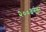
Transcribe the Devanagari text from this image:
२००३नंतर